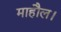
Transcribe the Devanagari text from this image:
माहौल।